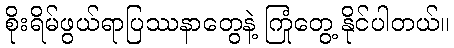
စိုးရိမ်ဖွယ်ရာပြဿနာတွေနဲ့ ကြုံတွေ့ နိုင်ပါတယ်။